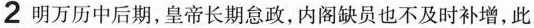
2明万历中后期，皇帝长期怠政，内阁缺员也不及时补增，此